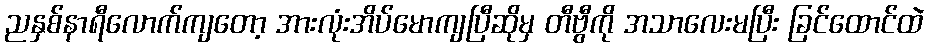
ညနှစ်နာရီလောက်ကျတော့ အားလုံးအိပ်မောကျပြီဆိုမှ တီဗွီကို အသာလေးမပြီး ခြင်ထောင်ထဲ